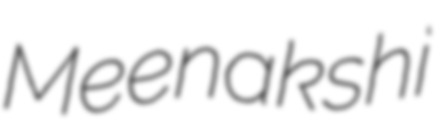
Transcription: Meenakshi